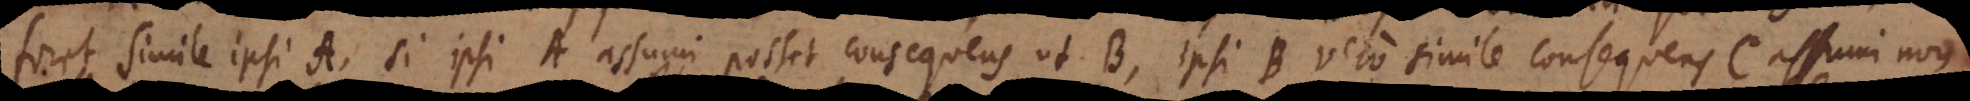
foret simile ipsi A, si ipsi A assumi posset consequens ut B, ipsi B vero simile consequens C assumi non